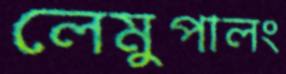
লেমুপালং